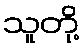
သူတို့